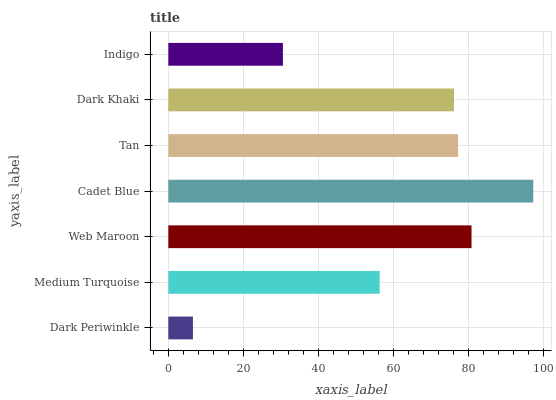
| yaxis_label | bars |
 | --- | --- |
 | Dark Periwinkle | 6.57 |
 | Medium Turquoise | 56.4 |
 | Web Maroon | 80.9 |
 | Cadet Blue | 97.3 |
 | Tan | 77.3 |
 | Dark Khaki | 76.2 |
 | Indigo | 30.6 |